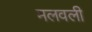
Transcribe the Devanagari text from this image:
मलवली